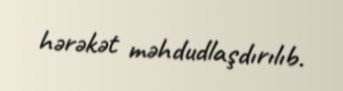
hərəkət məhdudlaşdırılıb.